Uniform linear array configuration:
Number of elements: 16
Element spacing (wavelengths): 1
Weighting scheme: hamming
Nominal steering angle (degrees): -15
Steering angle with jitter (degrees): -14.353
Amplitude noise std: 0.05
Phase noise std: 0.05

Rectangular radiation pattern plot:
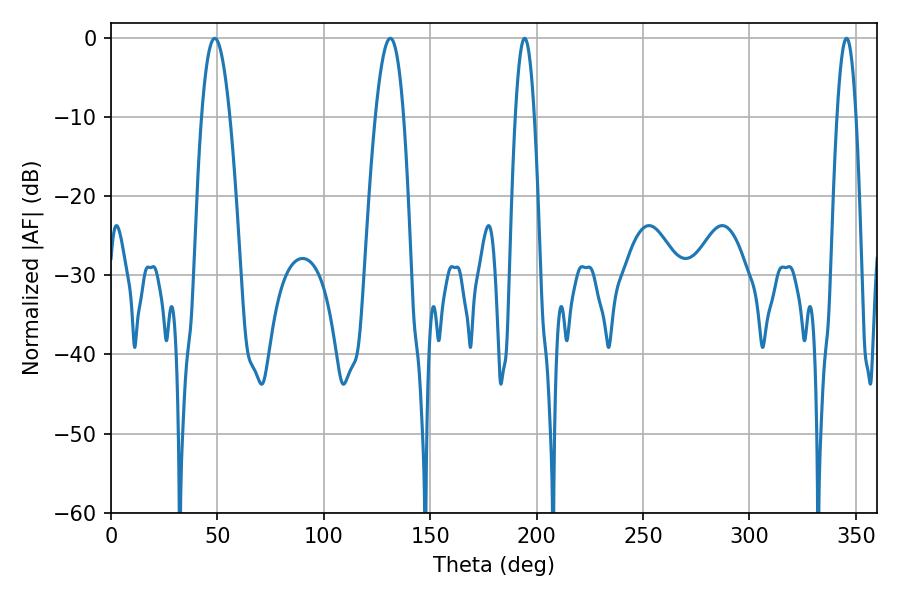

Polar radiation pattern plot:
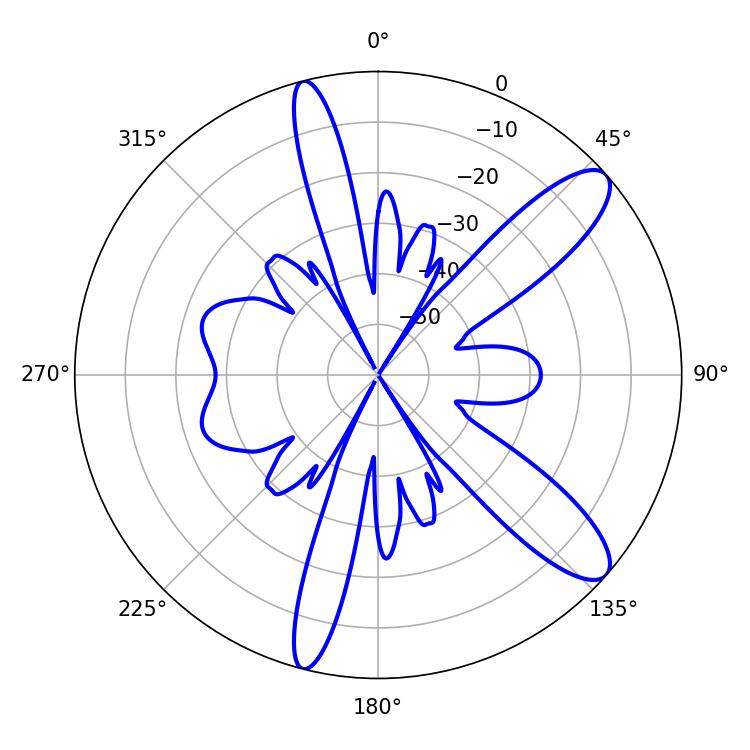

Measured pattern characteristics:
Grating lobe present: TRUE
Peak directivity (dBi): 11.014
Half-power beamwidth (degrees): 7.38
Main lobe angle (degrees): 48.78